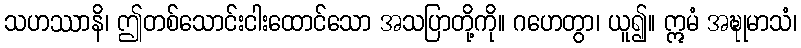
သဟဿာနိ၊ ဤတစ်သောင်းငါးထောင်သော အသပြာတို့ကို။ ဂဟေတွာ၊ ယူ၍။ ဣမံ အဍ္ဎုမာသံ၊